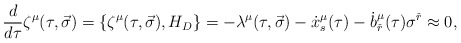
\begin{align*}{d\over {d\tau}}\zeta^{\mu}(\tau ,\vec \sigma )=\lbrace \zeta^{\mu}(\tau ,\vec\sigma ),H_D\rbrace =-\lambda^{\mu}(\tau ,\vec \sigma )-{\dot x}^{\mu}_s(\tau)-{\dot b}^{\mu}_{\check r}(\tau )\sigma^{\check r}\approx 0,\end{align*}